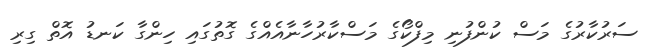
ސަރުކާރުގެ މަސް ކުންފުނި މިފްކޯގެ މަސްކާރުހާނާއެއްގެ ގޮތުގައި ހިންގާ ކަނޑު އޮތް ގިރި